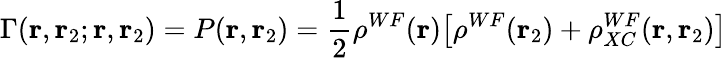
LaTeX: \Gamma(\mathbf{r},\mathbf{r}_{2};\mathbf{r},\mathbf{r}_{2})=P(\mathbf{r},\mathbf{r}_{2})=\frac{1}{2}\rho^{WF}(\mathbf{r})\big[\rho^{WF}(\mathbf{r}_{2})+\rho_{XC}^{WF}(\mathbf{r},\mathbf{r}_{2})\big]